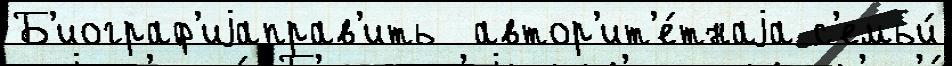
Б'иограф'иjаправ'ить  автор'ит'е́тнаjа с'емьи́